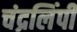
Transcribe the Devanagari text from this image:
चंद्रलिंपी